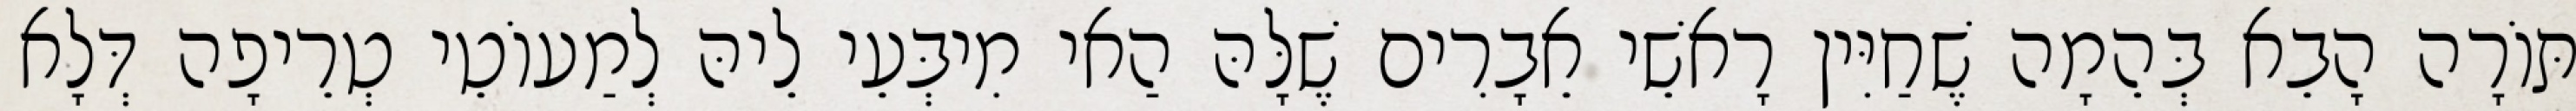
תּוֹרָה הָבֵא בְּהֵמָה שֶׁחַיִּין רָאשֵׁי אֵבָרִים שֶׁלָּהּ הַאי מִיבְּעֵי לֵיהּ לְמַעוֹטֵי טְרֵיפָה דְּלָא